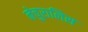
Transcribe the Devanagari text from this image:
नेचुरालिस